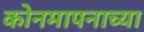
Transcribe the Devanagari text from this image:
कोनमापनाच्या